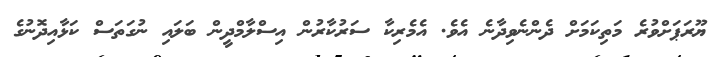
ޔޫރަޕަށްވުރެ މަތިކަމަށް ދެންނެވިދާނެ އެވެ. އެމެރިކާ ސަރުކާރުން އިސްލާމްދީން ބަލައި ނުގަތަސް ކަޅާއިދޮނުގެ